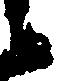
候